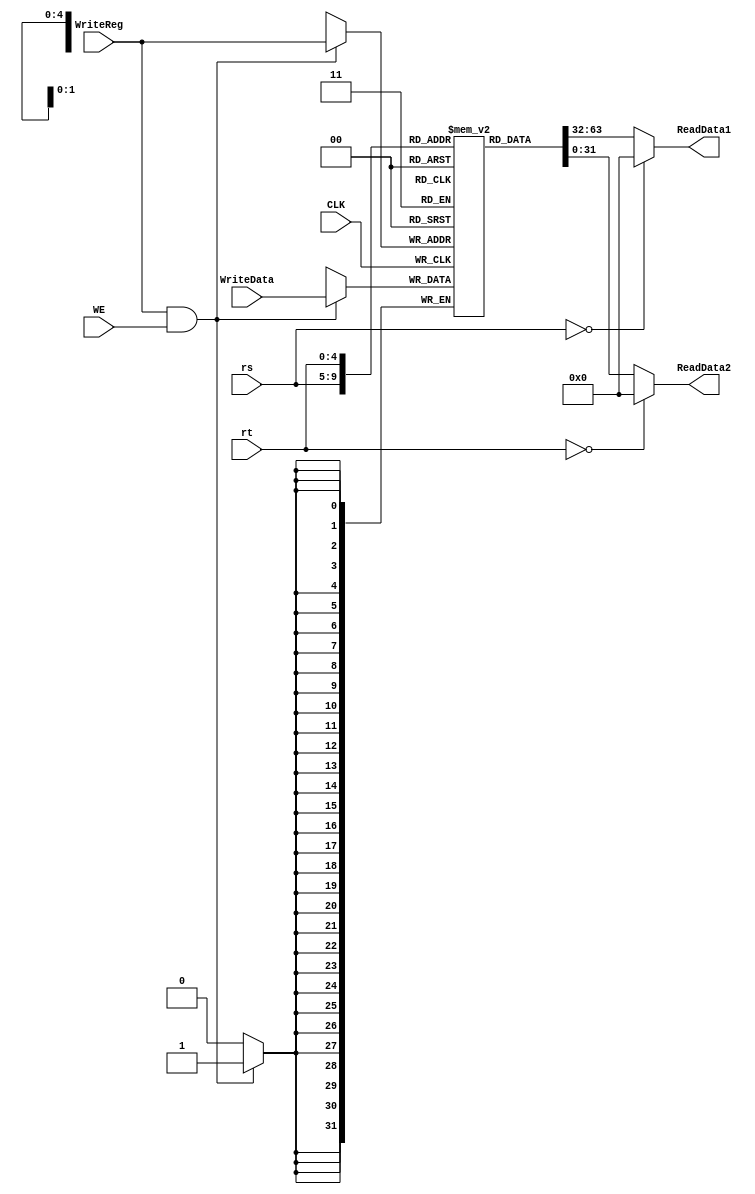
//
//
`timescale 1ns / 1ns
module RegisterFile(
    input CLK,  //
    input WE,  // 1 
    input[4:0] rs, // rs
    input[4:0] rt, // rt
    input[4:0] WriteReg, // rtrd
    input[31:0] WriteData, // 
    output [31:0] ReadData1, // rs
    output [31:0] ReadData2 // rt
);
    reg[31:0] register[0:31]; // 32
    integer i;
    initial begin
      for(i=0;i<32;i=i+1)register[i]<=0;
    end
     // 
    //00
    assign ReadData1=(rs==0)?0:register[rs]; 
    assign ReadData2=(rt==0)?0:register[rt];
    // 
    always@(negedge CLK)begin //
        if (WriteReg && WE) begin
            register[WriteReg]<=WriteData;
        end
    end
endmodule